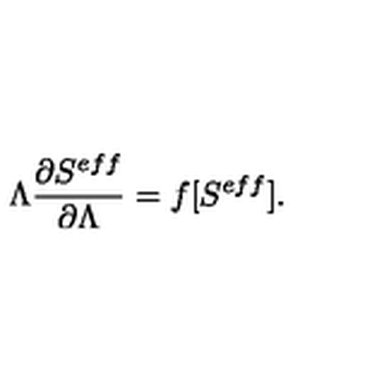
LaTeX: \Lambda \frac { \partial S ^ { e f f } } { \partial \Lambda } = f [ S ^ { e f f } ] .